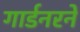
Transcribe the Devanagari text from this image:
गार्डनरने